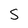
Character: s